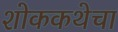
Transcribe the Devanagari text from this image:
शोककथेचा